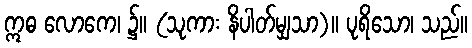
ဣဓ လောကေ၊ ၌။ (သုကား နိပါတ်မျှသာ)။ ပုရိသော၊ သည်။